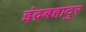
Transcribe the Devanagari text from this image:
इंद्रबहादुर